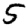
Digit: 5